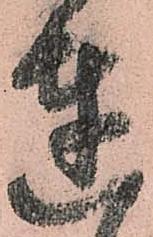
達